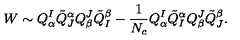
W \sim Q _ { \alpha } ^ { I } \tilde { Q } _ { J } ^ { \alpha } Q _ { \beta } ^ { J } \tilde { Q } _ { I } ^ { \beta } - \frac { 1 } { N _ { c } } Q _ { \alpha } ^ { I } \tilde { Q } _ { I } ^ { \alpha } Q _ { \beta } ^ { J } \tilde { Q } _ { J } ^ { \beta } .